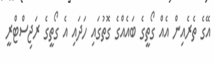
އޭގެ ތެރެއިން އެއް ގޯތީގެ ބައެއްގެ ގޮތުގައި ހަދައި އެ ގޯތީގެ ރަޖިސްޓްރީ